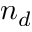
n _ { d }